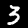
Label: 3